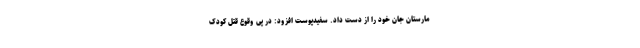
مارستان جان خود را از دست داد. سفیدپوست افزود: در پی وقوع قتل کودک